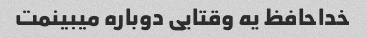
خداحافظ یه وقتایی دوباره میبینمت